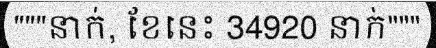
"""នាក់, ខែនេះ 34920 នាក់"""